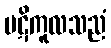
ပဋိကူလသညံ